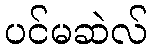
ပင်မဆဲလ်